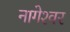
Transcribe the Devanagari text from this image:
नागेश्‍वर